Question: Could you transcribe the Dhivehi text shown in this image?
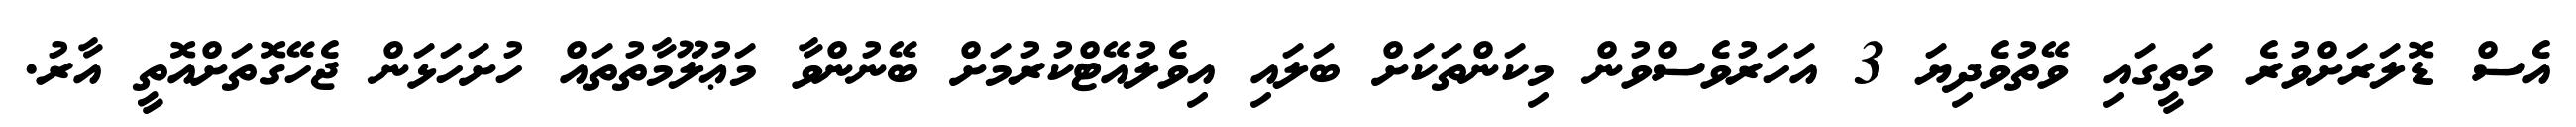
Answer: އެސް ޑޮލަރަށްވުރެ މަތީގައި ވޭތުވެދިޔަ 3 އަހަރުވެސްވުން މިކަންތަކަށް ބަލައި އިވެލުއޭޓްކުރުމަށް ބޭނުންވާ މަޢުލޫމާތުތައް ހުށަހަޅަން ޖެހޭގޮތަށްއޮތީ އާރު.